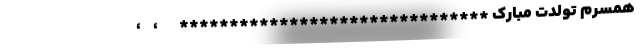
همسرم تولدت مبارک *******************************       ،    ،